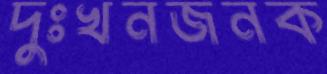
দুঃখনজনক